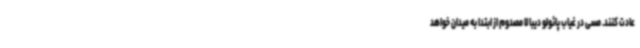
عادت کنند. مسی در غیاب پائولو دیبالا مصدوم از ابتدا به میدان خواهد